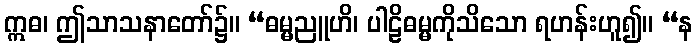
ဣဓ၊ ဤသာသနာတော်၌။ “ဓမ္မညူဟိ၊ ပါဠိဓမ္မကိုသိသော ရဟန်းဟူ၍။ “န